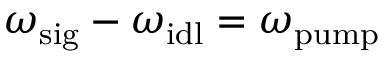
\omega _ { \mathrm { s i g } } - \omega _ { \mathrm { i d l } } = \omega _ { \mathrm { p u m p } }